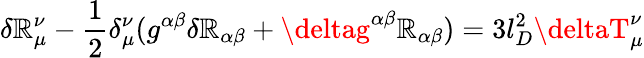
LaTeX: \delta\mathbb{R}_{\mu}^{\nu}-\frac{{1}}{{2}}\delta_{\mu}^{\nu}(g^{\alpha\beta}\delta\mathbb{R}_{\alpha\beta}+\deltag^{\alpha\beta}\mathbb{R}_{\alpha\beta})=3l_{D}^{2}\deltaT_{\mu}^{\nu}